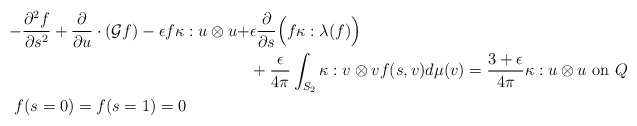
\begin{align*}-\frac{\partial^2f}{\partial s^2}+ \frac{\partial}{\partial u}\cdot(\mathcal{G}f)-\epsilon f\kappa : u\otimes u+&\epsilon \frac{\partial}{\partial s}\Big( f\kappa:\lambda(f)\Big)\\&+\dfrac{\epsilon}{4\pi}\int_{S_2}\kappa:v \otimes vf(s,v )d\mu(v)= \dfrac{3+\epsilon}{4\pi}\kappa:u \otimes u \textrm{ on } Q\\f(s=0) =f(s=1) = 0\phantom{UYTUY}\end{align*}